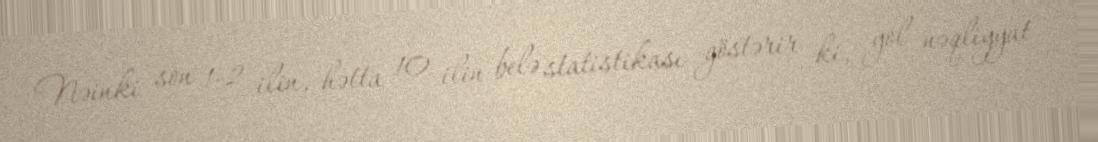
Nəinki son 1-2 ilin, hətta 10 ilin belə statistikası göstərir ki, yol nəqliyyat